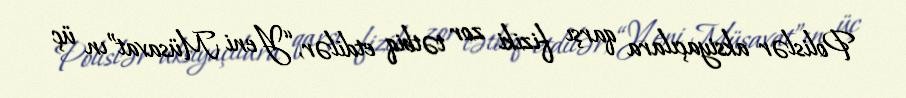
Polislər aksiyaçılara qarşı fiziki zor tətbiq etdilər, “Yeni Müsavat”ın üç